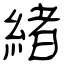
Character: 緒